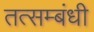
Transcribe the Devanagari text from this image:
तत्सम्बंधी